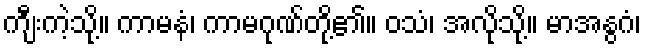
ကျီးကဲ့သို့။ ကာမနံ၊ ကာမဂုဏ်တို့၏။ ဝသံ၊ အလိုသို့။ မာအနွဂံ၊